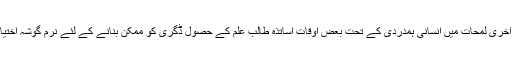
اور تحقیق کے آخری لمحات میں انسانی ہمدردی کے تحت بعض اوقات اساتذہ طالب علم کے حصولِ ڈگری کو ممکن بنانے کے لئے نرم گوشہ اختیار کر لیتے ہیں۔